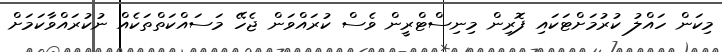
މިކަން ހައްލު ކުރުމަށްޓަކައި ފޮރިން މިނިސްޓްރީން ވެސް ކުރައްވަން ޖެހޭ މަސައްކަތްތަކެއް ނުކުރައްވާކަމަށް